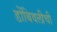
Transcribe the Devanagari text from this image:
डोंबिवलीची